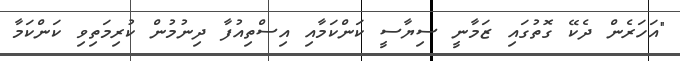
"އަހަރެން ދެކޭ ގޮތުގައި ޒަމާނީ ސިޔާސީ ކަންކަމާއި އިސްތިއުފާ ދިނުމުން ކުރިމަތިވި ކަންކަމާ